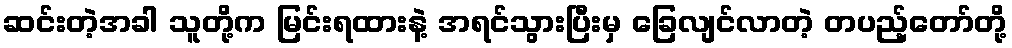
ဆင်းတဲ့အခါ သူတို့က မြင်းရထားနဲ့ အရင်သွားပြီးမှ ခြေလျင်လာတဲ့ တပည့်တော်တို့